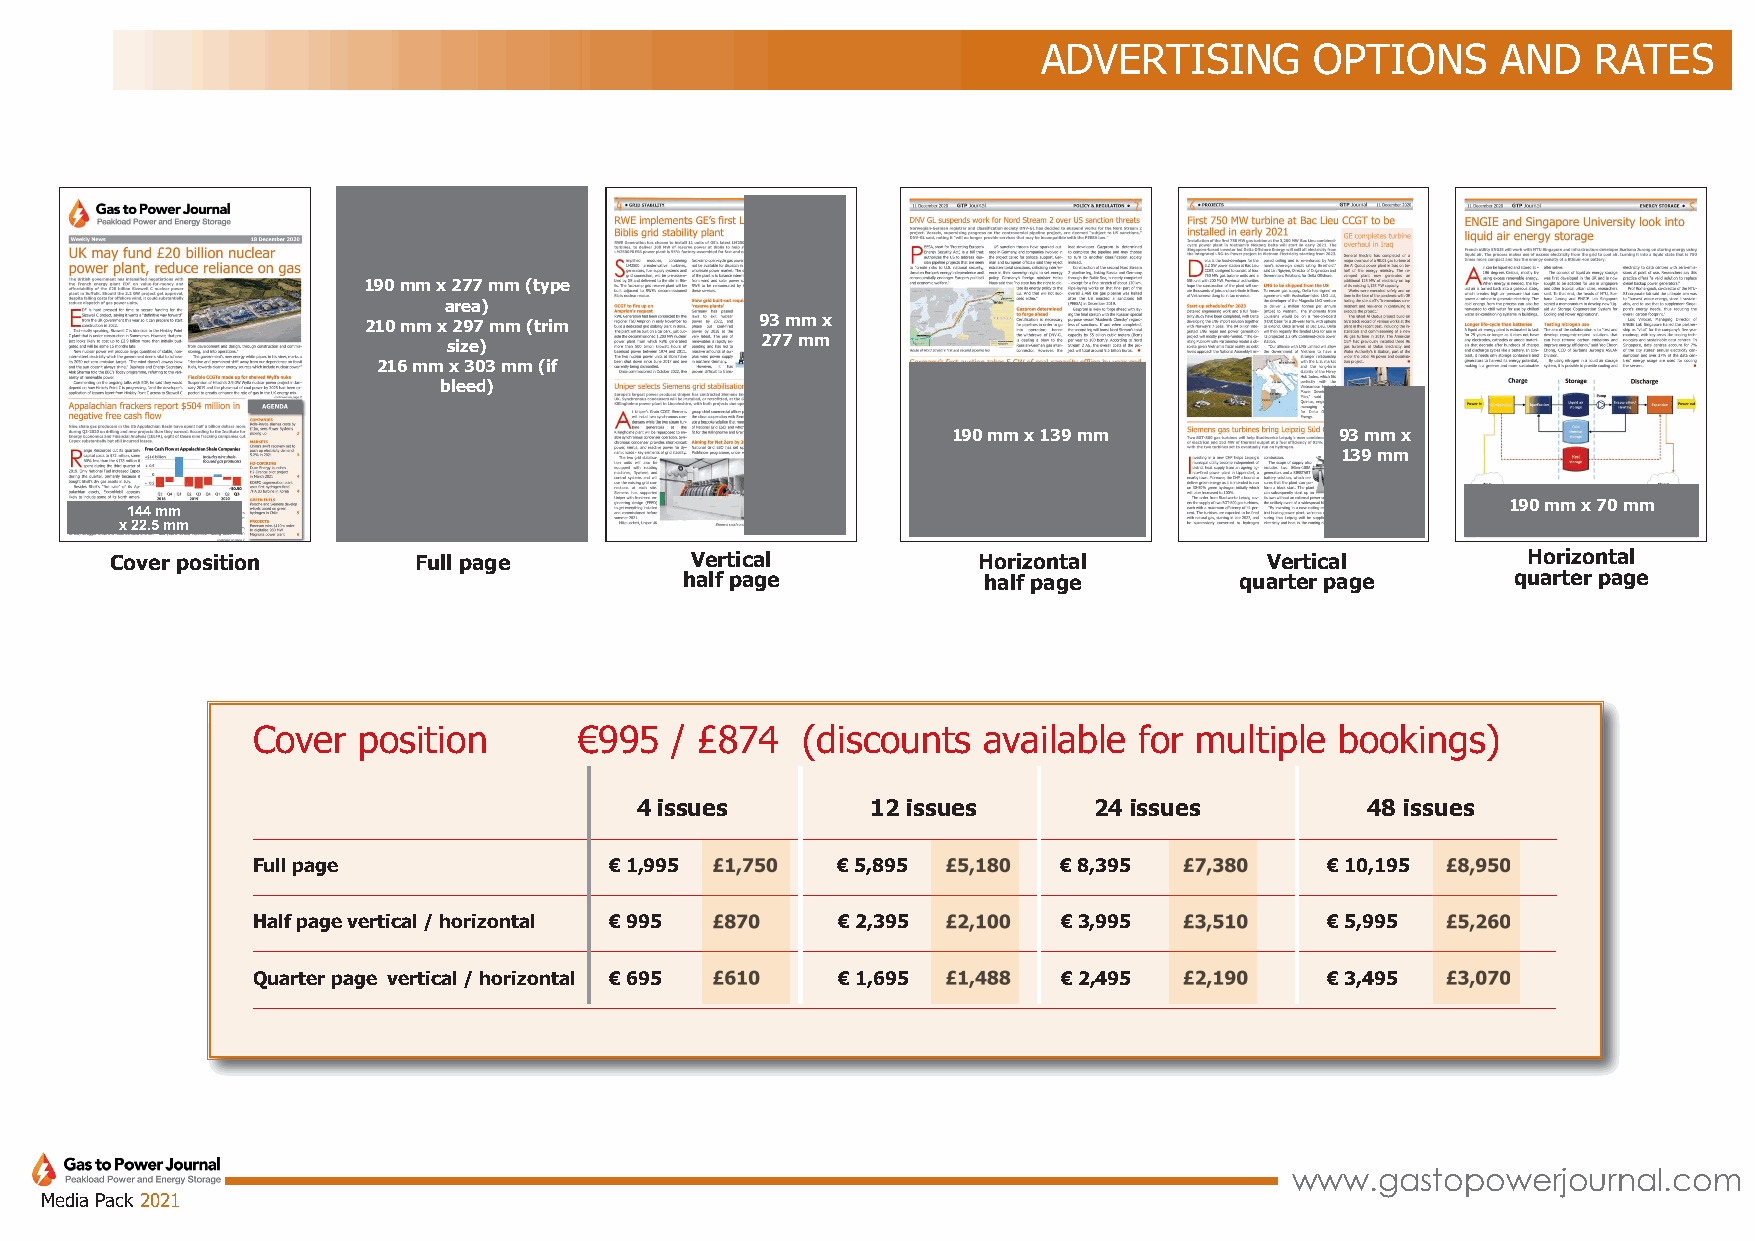
ADVERTISING       OPTIONS     AND    RATES
 190 mm x 277 mm (type
 area)
 210 mm x 297 mm (trim     93 mm x
 size)               277 mm
 216 mm x 303 mm (if
 bleed)
 190 mm x 139 mm           93 mm x
 139 mm
 144 mm                                                                                      190 mm x 70 mm
 x 22.5 mm
 Cover position      Full page          Vertical           Horizontal         Vertical         Horizontal
 half page           half page        quarter page      quarter page
 Cover  position      €995  / £874   (discounts  available for multiple  bookings)
 4 issues        12 issues     24 issues          48 issues
 Full page              € 1,995 £1,750 € 5,895 £5,180 € 8,395 £7,380    € 10,195 £8,950
 Half page vertical / horizontal € 995 £870 € 2,395 £2,100 € 3,995 £3,510 € 5,995 £5,260
 Quarter page vertical / horizontal € 695 £610 € 1,695 £1,488 € 2,495 £2,190 € 3,495 £3,070
 www.gastopowerjournal.com
 Media Pack 2021